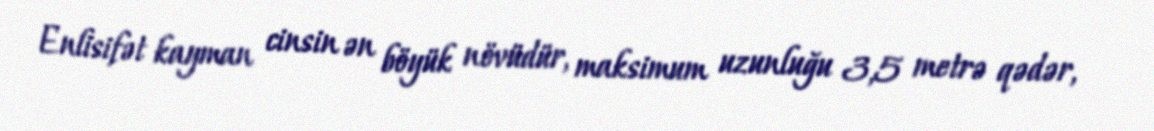
Enlisifət kayman cinsin ən böyük növüdür, maksimum uzunluğu 3,5 metrə qədər,